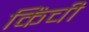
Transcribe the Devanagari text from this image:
किंची